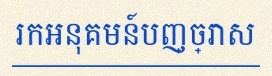
រកអនុគមន៍បញ្ច្រាស